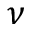
\nu